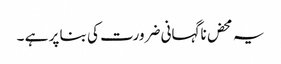
یہ محض ناگہانی ضرورت کی بنا پر ہے ۔